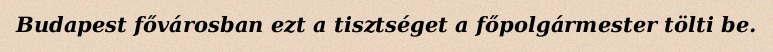
Budapest fővárosban ezt a tisztséget a főpolgármester tölti be.